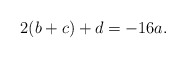
\begin{align*}2 ( b+c) + d = - 16 a.\end{align*}